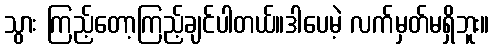
သွား ကြည့်တော့ကြည့်ချင်ပါတယ်။ဒါပေမဲ့ လက်မှတ်မရှိဘူး။